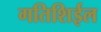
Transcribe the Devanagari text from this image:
गतिशिईल